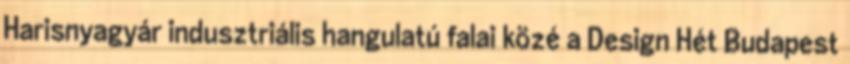
Harisnyagyár indusztriális hangulatú falai közé a Design Hét Budapest